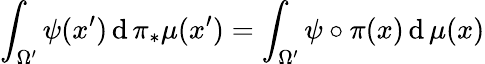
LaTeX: \int_{\Omega^{\prime}}\psi(x^{\prime})\, \mathrm{d}\, \pi_{*}\mu(x^{\prime})=\int_{\Omega^{\prime}}\psi\circ\pi(x)\, \mathrm{d}\, \mu(x)